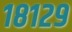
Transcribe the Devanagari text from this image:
१८१२९